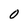
Character: 0